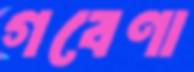
গবেণা